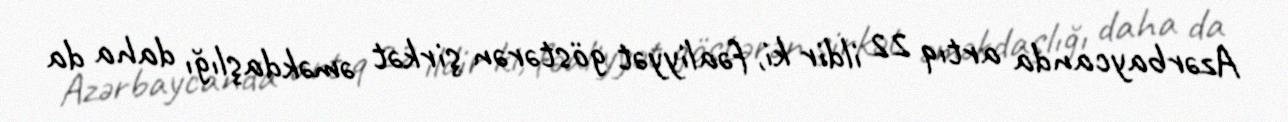
Azərbaycanda artıq 22 ildir ki, fəaliyyət göstərən şirkət əməkdaşlığı daha da